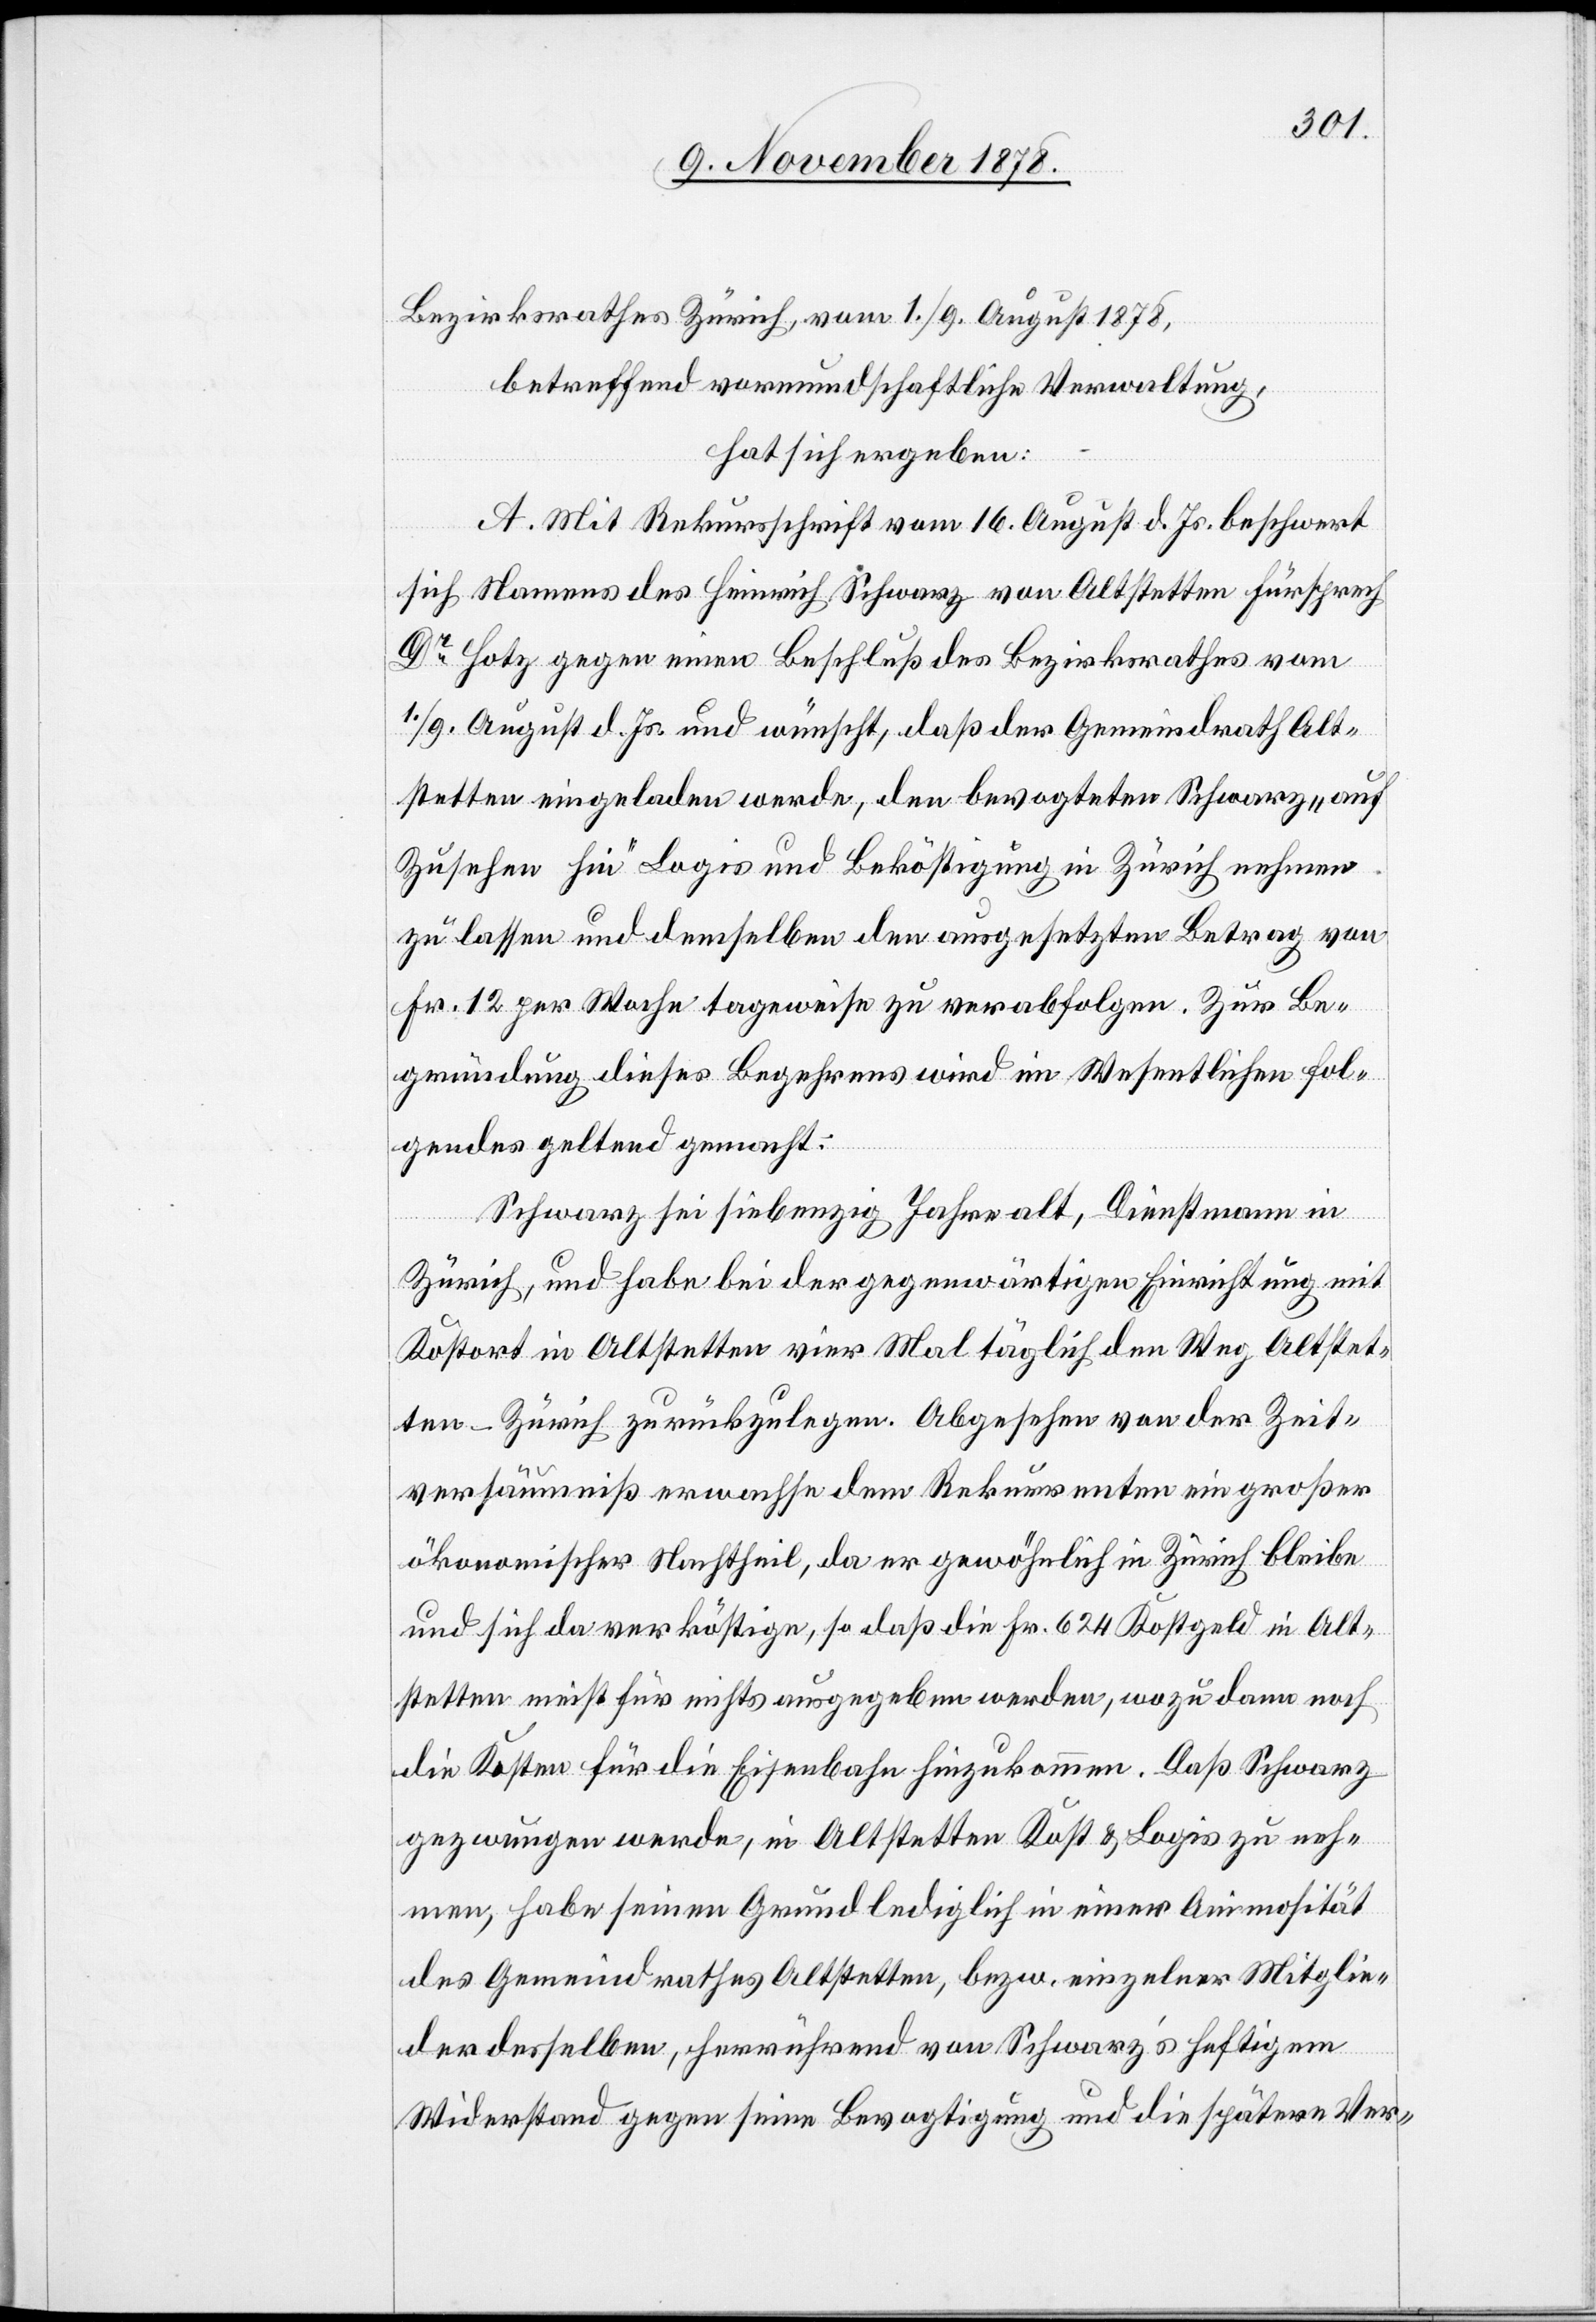
Bezirksrathes Zürich vom 1./9. August 1878,
betreffend vormundschaftliche Verwaltung,
hat sich ergeben:
A. Mit Rekursschrift vom 16. August d. Js. beschwert
sich Namens des Heinrich Schwarz von Altstetten Fürsprech
Dr Hotz gegen einen Beschluß des Bezirksrathes vom
1/9. August d. Js. und wünscht, daß der Gemeindrath Alt¬
stetten eingeladen werde, den bevogteten Schwarz „auf
Zusehen hin“ Logis und Beköstigung in Zürich nehmen
zu lassen und demselben den ausgesetzten Betrag von
Fr. 12 per Woche tageweise zu verabfolgen. Zur Be¬
gründung dieses Begehrens wird im Wesentlichen Fol¬
gendes geltend gemacht:
Schwarz sei siebenzig Jahre alt, Dienstmann in
Zürich, und habe bei der gegenwärtigen Einrichtung mit
Kostort in Altstetten vier Mal täglich den Weg Altstet¬
ten–Zürich zurückzulegen. Abgesehen von der Zeit¬
versäumniß erwachse dem Rekurrenten ein großer
ökonomischer Nachtheil, da er gewöhnlich in Zürich bleibe
und sich da verköstige, so daß die Fr. 624 Kostgeld in Alt¬
stetten nicht für nichts ausgegeben werde, wozu dann noch
die Kosten für die Eisenbahn hinzukommen. Daß Schwarz
gezwungen werde, in Altstetten Kost & Logis zu neh¬
men, habe seinen Grund lediglich in einer Animosität
des Gemeindrathes Altstetten, bezw. einzelner Mitglie¬
der derselben, herrührend von Schwarz’s heftigem
Widerstand gegen seine Bevogtigung und die spätere Ver-